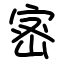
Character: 宻